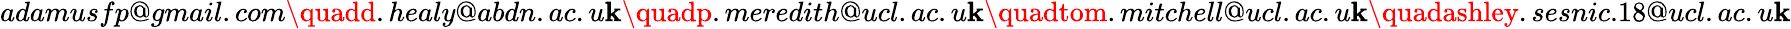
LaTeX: adamusfp@gmail.com\quadd.healy@abdn.ac.u\mathbf{k}\quadp.meredith@ucl.ac.u\mathbf{k}\quadtom.mitchell@ucl.ac.u\mathbf{k}\quadashley.sesnic.18@ucl.ac.u\mathbf{k}